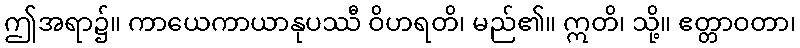
ဤအရာ၌။ ကာယေကာယာနုပဿီ ဝိဟရတိ၊ မည်၏။ ဣတိ၊ သို့။ ဧတ္တာဝတာ၊